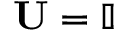
\mathbf { U } = \mathbb { I }